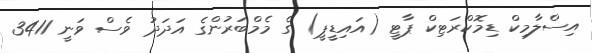
އިސްލާމިކް ޑިމޮކްރަޓިކް ޕާޓީ (އައިޑީޕީ) ގެ މެމްބަރުންގެ އަދަަދު ވެސް ވަނީ 3411